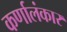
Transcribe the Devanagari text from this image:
कर्णालंकार